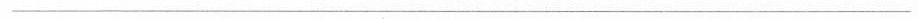
___